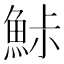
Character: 鮛